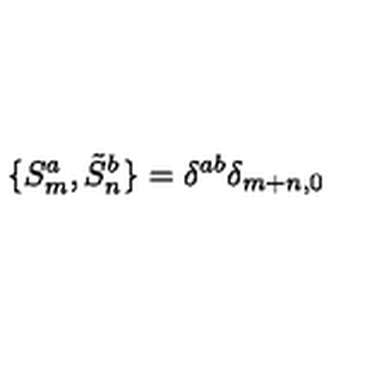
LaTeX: \{ S _ { m } ^ { a } , \tilde { S } _ { n } ^ { b } \} = \delta ^ { a b } \delta _ { m + n , 0 }